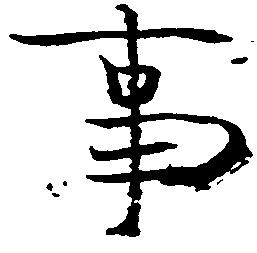
事